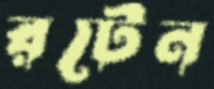
রটেন